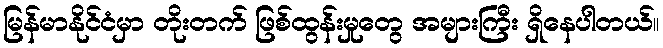
မြန်မာနိုင်ငံမှာ တိုးတက် ဖြစ်ထွန်းမှုတွေ အများကြီး ရှိနေပါတယ်။